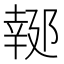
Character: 𨝜